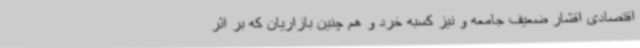
اقتصادی اقشار ضعیف جامعه و نیز کسبه خرد و هم چنین بازاریان که بر اثر